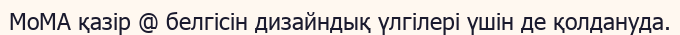
MoMA қазір @ белгісін дизайндық үлгілері үшін де қолдануда.